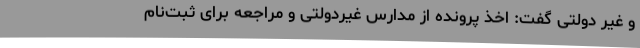
و غیر دولتی گفت: اخذ پرونده از مدارس غیردولتی و مراجعه برای ثبت‌نام